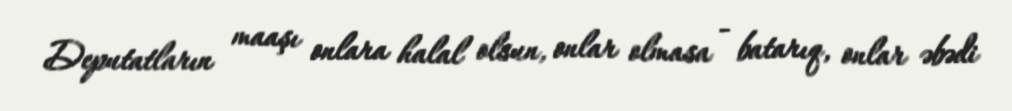
Deputatların maaşı onlara halal olsun, onlar olmasa - batarıq, onlar əbədi